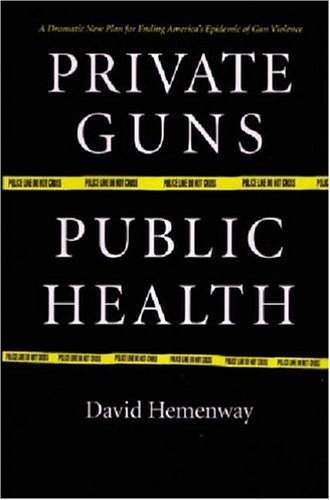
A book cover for Private Guns, Public Health; David Hemenway; Medical Books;